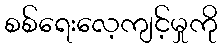
စစ်ရေးလေ့ကျင့်မှုကို